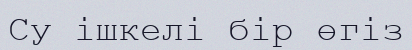
Су ішкелі бір өгіз